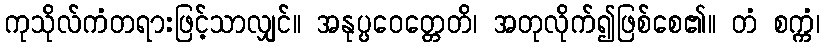
ကုသိုလ်ကံတရားဖြင့်သာလျှင်။ အနုပ္ပဝေတ္တေတိ၊ အတုလိုက်၍ဖြစ်စေ၏။ တံ စက္ကံ၊